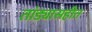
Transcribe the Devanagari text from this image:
तांड्यासहीत